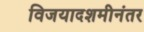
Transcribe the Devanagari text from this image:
विजयादशमीनंतर